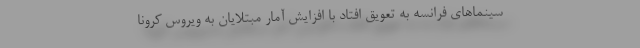
سینماهای فرانسه به تعویق افتاد با افزایش آمار مبتلایان به ویروس کرونا